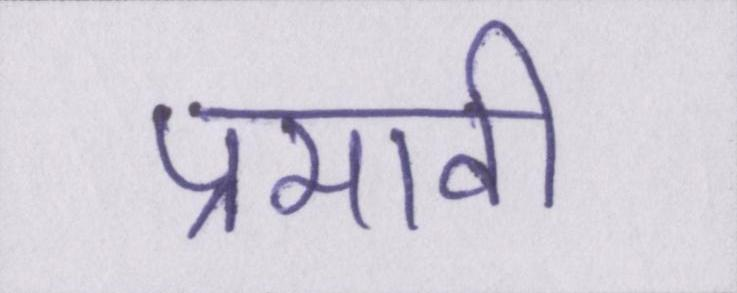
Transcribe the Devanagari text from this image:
प्रभावी